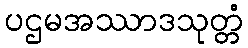
ပဌမအဿာဒသုတ္တံ